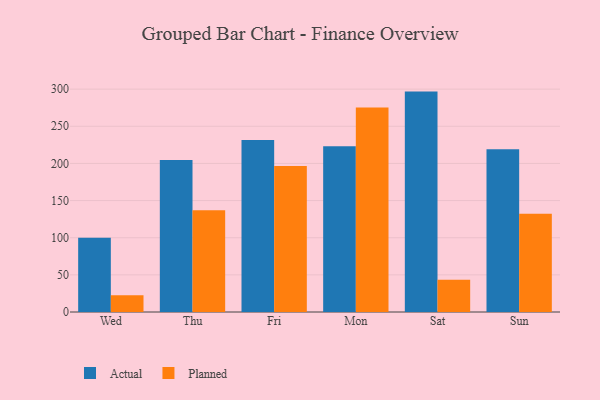
{"axis": {"x": "Day", "y": "Churn Rate (%)"}, "legend": ["Actual", "Planned"], "data": [{"x": "Wed", "y": 99.9, "type": "Actual"}, {"x": "Wed", "y": 22.7, "type": "Planned"}, {"x": "Thu", "y": 204.7, "type": "Actual"}, {"x": "Thu", "y": 137.0, "type": "Planned"}, {"x": "Fri", "y": 231.4, "type": "Actual"}, {"x": "Fri", "y": 196.6, "type": "Planned"}, {"x": "Mon", "y": 223.1, "type": "Actual"}, {"x": "Mon", "y": 275.4, "type": "Planned"}, {"x": "Sat", "y": 296.7, "type": "Actual"}, {"x": "Sat", "y": 43.3, "type": "Planned"}, {"x": "Sun", "y": 219.0, "type": "Actual"}, {"x": "Sun", "y": 132.4, "type": "Planned"}]}